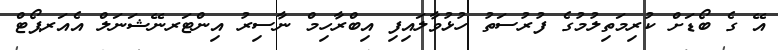
އޭ ގެ ބޯޑަށް ކުރިމަތިލުމުގެ ފުރުސަތު ހުޅުވާލައިފި އިބްރާހިމް ނާސިރު އިންޓަރނޭޝަނަލް އެއަރޕޯޓް